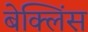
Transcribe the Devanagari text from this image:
बेक्लिंस